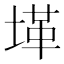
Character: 𱗋